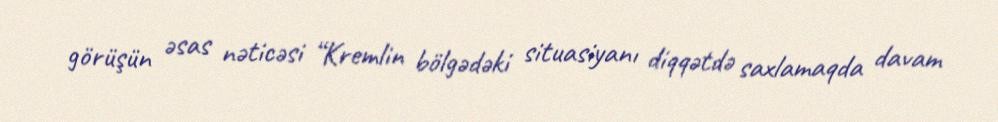
görüşün əsas nəticəsi “Kremlin bölgədəki situasiyanı diqqətdə saxlamaqda davam